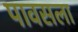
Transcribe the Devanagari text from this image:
पावसला